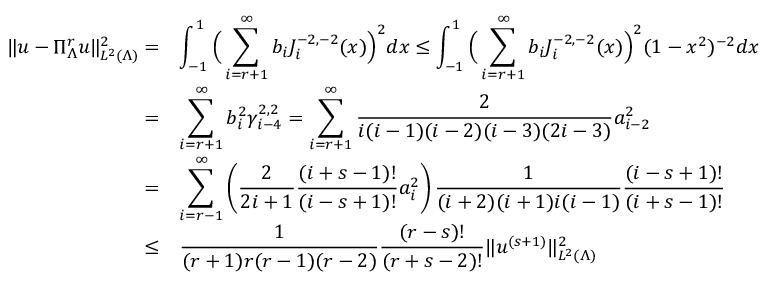
\begin{array} { r l } { \| u - \Pi _ { \Lambda } ^ { r } u \| _ { L ^ { 2 } ( \Lambda ) } ^ { 2 } = } & { \displaystyle \int _ { - 1 } ^ { 1 } \Big ( \displaystyle \sum _ { i = r + 1 } ^ { \infty } b _ { i } J _ { i } ^ { - 2 , - 2 } ( x ) \Big ) ^ { 2 } d x \le \displaystyle \int _ { - 1 } ^ { 1 } \Big ( \displaystyle \sum _ { i = r + 1 } ^ { \infty } b _ { i } J _ { i } ^ { - 2 , - 2 } ( x ) \Big ) ^ { 2 } ( 1 - x ^ { 2 } ) ^ { - 2 } d x } \\ { = } & { \displaystyle \sum _ { i = r + 1 } ^ { \infty } b _ { i } ^ { 2 } \gamma _ { i - 4 } ^ { 2 , 2 } = \displaystyle \sum _ { i = r + 1 } ^ { \infty } \displaystyle \frac { 2 } { i ( i - 1 ) ( i - 2 ) ( i - 3 ) ( 2 i - 3 ) } a _ { i - 2 } ^ { 2 } } \\ { = } & { \displaystyle \sum _ { i = r - 1 } ^ { \infty } \left( \displaystyle \frac { 2 } { 2 i + 1 } \displaystyle \frac { ( i + s - 1 ) ! } { ( i - s + 1 ) ! } a _ { i } ^ { 2 } \right) \displaystyle \frac { 1 } { ( i + 2 ) ( i + 1 ) i ( i - 1 ) } \displaystyle \frac { ( i - s + 1 ) ! } { ( i + s - 1 ) ! } } \\ { \le } & { \displaystyle \frac { 1 } { ( r + 1 ) r ( r - 1 ) ( r - 2 ) } \displaystyle \frac { ( r - s ) ! } { ( r + s - 2 ) ! } \| u ^ { ( s + 1 ) } \| _ { L ^ { 2 } ( \Lambda ) } ^ { 2 } } \end{array}